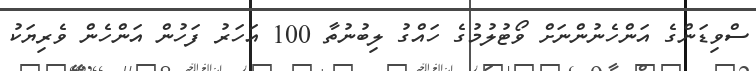
ސްވިޑަންގެ އަންހެނުންނަށް ވޯޓުލުމުގެ ހައްގު ލިބުނުތާ 100 އަހަރު ފަހުން އަންހެން ވެރިޔަކު